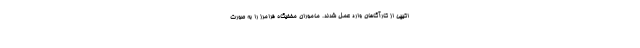
اکیپی از کارآگاهان وارد عمل شدند. ماموران مخفیگاه فرامرز را به صورت